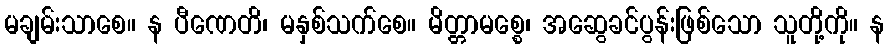
မချမ်းသာစေ။ န ပီဏေတိ၊ မနှစ်သက်စေ။ မိတ္တာမစ္စေ၊ အဆွေခင်ပွန်းဖြစ်သော သူတို့ကို။ န